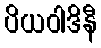
ပိယဝါဒိနီ